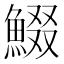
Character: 𩸯